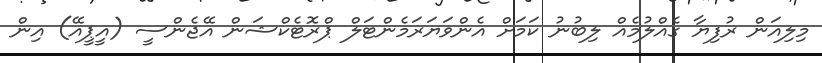
މިލިއަން ރުފިޔާ ގެއްލުމެއް ލިބުނު ކަމަށް އެންވަޔަރަމެންޓަލް ޕްރޮޓެކްޝަން އޭޖެންސީ (އީޕީއޭ) އިން